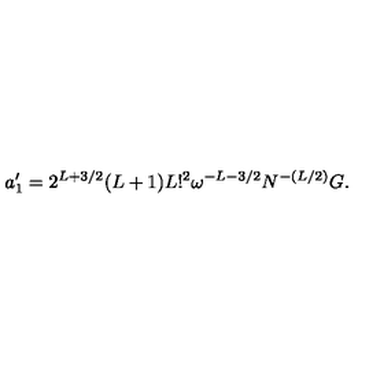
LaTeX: a _ { 1 } ^ { \prime } = 2 ^ { L + 3 / 2 } ( L + 1 ) L ! ^ { 2 } \omega ^ { - L - 3 / 2 } N ^ { - ( L / 2 ) } G .